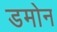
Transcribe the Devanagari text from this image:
डमोन